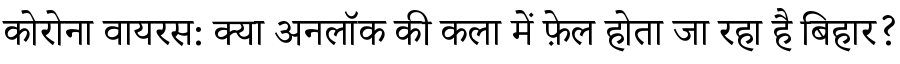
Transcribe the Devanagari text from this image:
कोरोना वायरस: क्या अनलॉक की कला में फ़ेल होता जा रहा है बिहार?